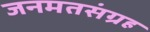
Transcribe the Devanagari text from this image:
जनमतसंग्रह